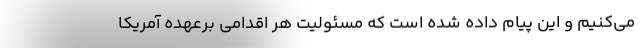
می‌کنیم و این پیام داده شده است که مسئولیت هر اقدامی برعهده آمریکا